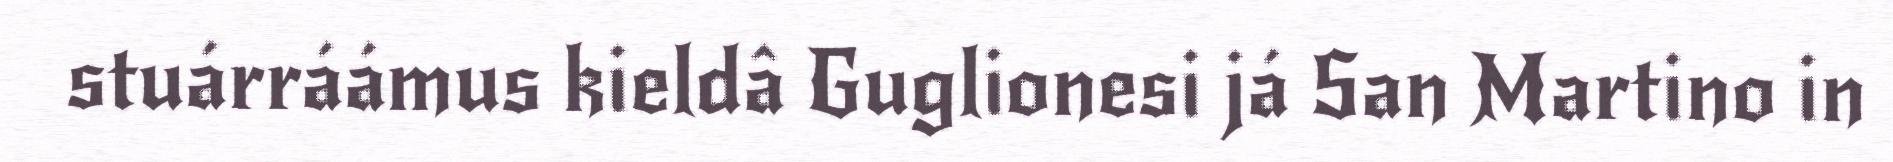
stuárráámus kieldâ Guglionesi já San Martino in